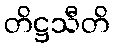
တိဋ္ဌသီတိ